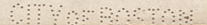
CITY OF BOSTON